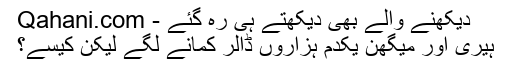
دیکھنے والے بھی دیکھتے ہی رہ گئے - Qahani.com
ہیری اور میگھن یکدم ہزاروں ڈالر کمانے لگے لیکن کیسے؟